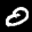
Label: 0